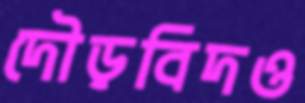
দৌড়বিদও